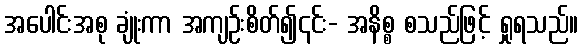
အပေါင်းအစု ချုံးကာ အကျဉ်းစိတ်၍၎င်း- အနိစ္စ စသည်ဖြင့် ရှုရသည်။